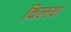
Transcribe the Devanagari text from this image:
किल्ल्यां